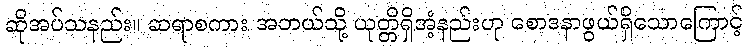
ဆိုအပ်သနည်း။ ဆရာစကား အဘယ်သို့ ယုတ္တိရှိအံ့နည်းဟု စောဒနာဖွယ်ရှိသောကြောင့်